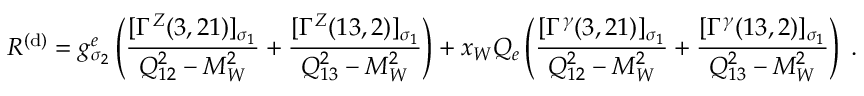
{ \cal R } ^ { ( \mathrm { d } ) } = g _ { \sigma _ { 2 } } ^ { e } \left( \frac { [ \Gamma ^ { Z } ( 3 , 2 1 ) ] _ { \sigma _ { 1 } } } { Q _ { 1 2 } ^ { 2 } - M _ { W } ^ { 2 } } + \frac { [ \Gamma ^ { Z } ( 1 3 , 2 ) ] _ { \sigma _ { 1 } } } { Q _ { 1 3 } ^ { 2 } - M _ { W } ^ { 2 } } \right) + x _ { W } Q _ { e } \left( \frac { [ \Gamma ^ { \gamma } ( 3 , 2 1 ) ] _ { \sigma _ { 1 } } } { Q _ { 1 2 } ^ { 2 } - M _ { W } ^ { 2 } } + \frac { [ \Gamma ^ { \gamma } ( 1 3 , 2 ) ] _ { \sigma _ { 1 } } } { Q _ { 1 3 } ^ { 2 } - M _ { W } ^ { 2 } } \right) \; .